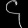
Digit: ၄